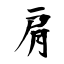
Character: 肩